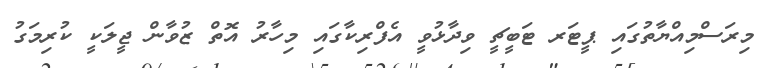
މިރަސްމިއްޔާތުގައި ޕީޓަރ ޓަބީޗީ ވިދާޅުވީ އެފްރިކާގައި މިހާރު އޮތް ޒުވާން ޖީލަކީ ކުރިމަގު